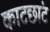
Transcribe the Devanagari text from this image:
काटछांट